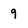
Character: 9